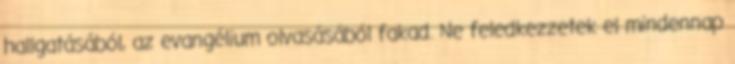
hallgatásából, az evangélium olvasásából fakad. Ne feledkezzetek el mindennap